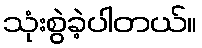
သုံးစွဲခဲ့ပါတယ်။